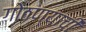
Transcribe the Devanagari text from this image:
गोठण्याची